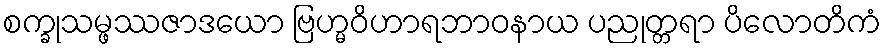
စက္ခုသမ္ဖဿဇာဒယော ဗြဟ္မဝိဟာရဘာဝနာယ ပညုတ္တရာ ပိလောတိကံ